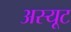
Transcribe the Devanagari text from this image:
अस्यूट